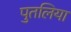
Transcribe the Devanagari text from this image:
पुतलिया